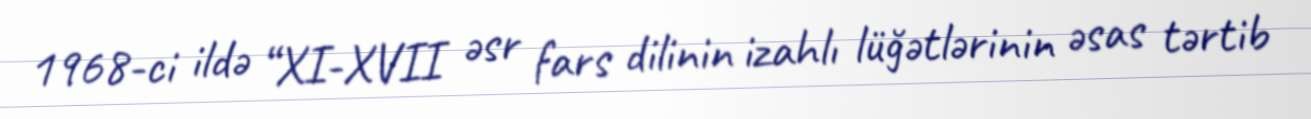
1968-ci ildə “XI-XVII əsr fars dilinin izahlı lüğətlərinin əsas tərtib